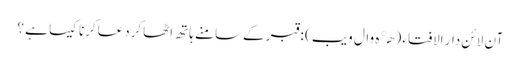
آن لائن دار الافتاء ( هډه وال ویب )‏ : قبر کےسامنے ہاتھ اٹھاکردعاکرنا کیسا ہے ؟